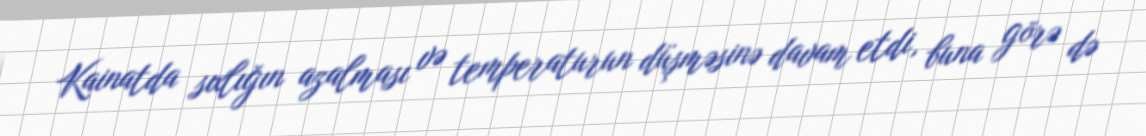
Kainatda sıxlığın azalması və temperaturun düşməsinə davam etdi, buna görə də